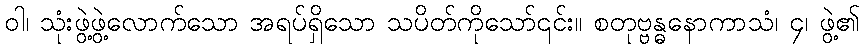
ဝါ၊ သုံးဖွဲ့ဖွဲ့လောက်သော အရပ်ရှိသော သပိတ်ကိုသော်၎င်း။ စတုဗ္ဗန္ဓနောကာသံ၊ ၄၊ ဖွဲ့၏